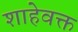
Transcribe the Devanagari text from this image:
शाहेवक्त